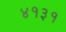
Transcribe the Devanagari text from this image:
४१३१